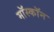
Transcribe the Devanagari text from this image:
मॉस्कॉन